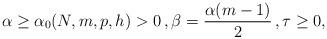
LaTeX: \begin{align*}\alpha \ge \alpha_0(N,m,p,h) > 0 \, , \beta =\frac{\alpha(m-1)}2 \,, \tau \ge 0,\end{align*}